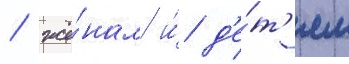
/ жё́нам и́ д'е́т'ям